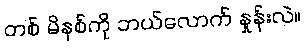
တစ် မိနစ်ကို ဘယ်လောက် နှုန်းလဲ။